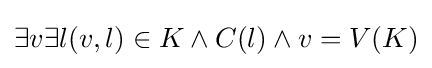
\exists v\exists l(v,l)\in K\land C(l)\land v=V(K)